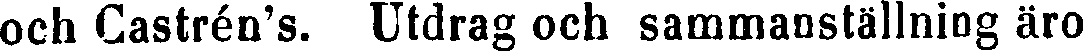
och Castrén's. Utdrag och sammanställning äro